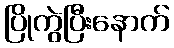
ပြိုကွဲပြီးနောက်